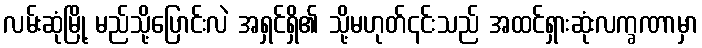
လမ်းဆုံမြို့ မည်သို့ပြောင်းလဲ အရှင်ရှိ၏ သို့မဟုတ်၎င်းသည် အထင်ရှားဆုံးလက္ခဏာမှာ